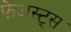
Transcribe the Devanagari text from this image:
फेअस्ट्स